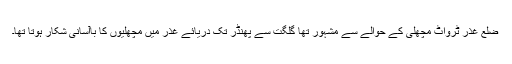
ضلع غذر ٹرواٹ مچھلی کے حوالے سے مشہور تھا گلگت سے پھنڈر تک دریائے غذر میں مچھلیوں کا باآسانی شکار ہوتا تھا۔